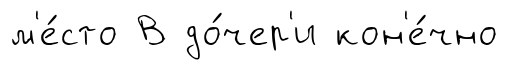
м'е́сто В до́чер'и кон'е́чно